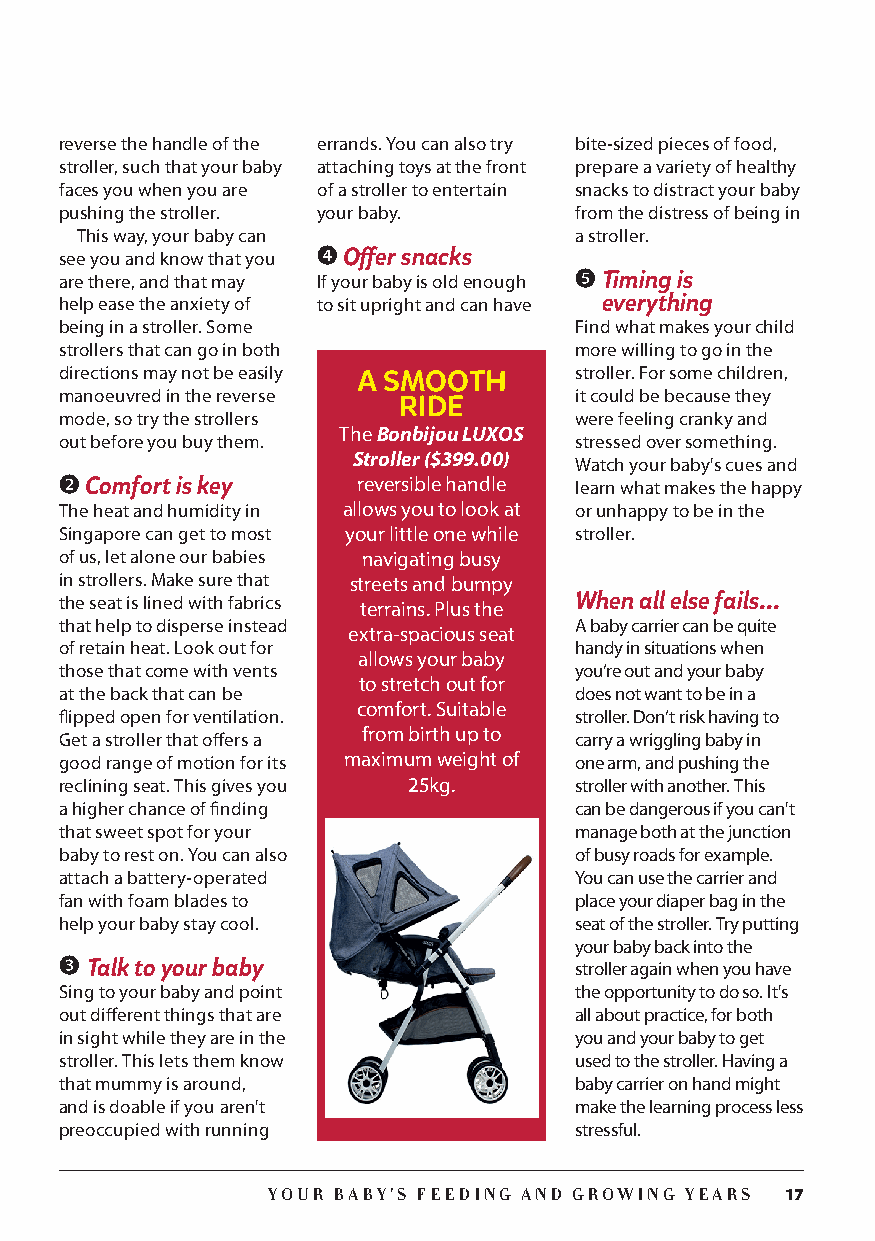
reverse the handle of the errands. You can also try bite-sized pieces of food,
 stroller, such that your baby attaching toys at the front prepare a variety of healthy
 faces you when you are of a stroller to entertain snacks to distract your baby
 pushing the stroller. your baby.  from the distress of being in
 This way, your baby can          a stroller.
 see you and know that you ❹ Offer snacks
 are there, and that may If your baby is old enough ❺ T iming is
 help ease the anxiety of to sit upright and can have everything
 being in a stroller. Some         Find what makes your child
 strollers that can go in both     more willing to go in the
 directions may not be easily A SMOOTH stroller. For some children,
 manoeuvred in the reverse         it could be because they
 RIDE
 mode, so try the strollers        were feeling cranky and
 The Bonbijou LUXOS
 out before you buy them.          stressed over something.
 Stroller ($399.00)
 Watch your baby's cues and
 ❷ Comfort is key    reversible handle learn what makes the happy
 The heat and humidity in allows you to look at or unhappy to be in the
 Singapore can get to most your little one while stroller.
 of us, let alone our babies navigating busy
 in strollers. Make sure that streets and bumpy
 the seat is lined with fabrics terrains. Plus the When all else fails...
 that help to disperse instead     A baby carrier can be quite
 extra-spacious seat
 of retain heat. Look out for      handy in situations when
 allows your baby
 those that come with vents        you’re out and your baby
 to stretch out for
 at the back that can be           does not want to be in a
 comfort. Suitable
 flipped open for ventilation.     stroller. Don’t risk having to
 from birth up to
 Get a stroller that offers a      carry a wriggling baby in
 good range of motion for its maximum weight of one arm, and pushing the
 reclining seat. This gives you 25kg. stroller with another. This
 a higher chance of finding        can be dangerous if you can't
 that sweet spot for your          manage both at the junction
 baby to rest on. You can also     of busy roads for example.
 attach a battery-operated         You can use the carrier and
 fan with foam blades to           place your diaper bag in the
 help your baby stay cool.         seat of the stroller. Try putting
 your baby back into the
 ❸ Talk to your baby               stroller again when you have
 Sing to your baby and point       the opportunity to do so. It's
 out different things that are     all about practice, for both
 in sight while they are in the    you and your baby to get
 stroller. This lets them know     used to the stroller. Having a
 that mummy is around,             baby carrier on hand might
 and is doable if you aren't       make the learning process less
 preoccupied with running          stressful.
 YOUR BABY’S FEEDING AND GROWING YEARS 17